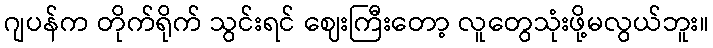
ဂျပန်က တိုက်ရိုက် သွင်းရင် ဈေးကြီးတော့ လူတွေသုံးဖို့မလွယ်ဘူး။